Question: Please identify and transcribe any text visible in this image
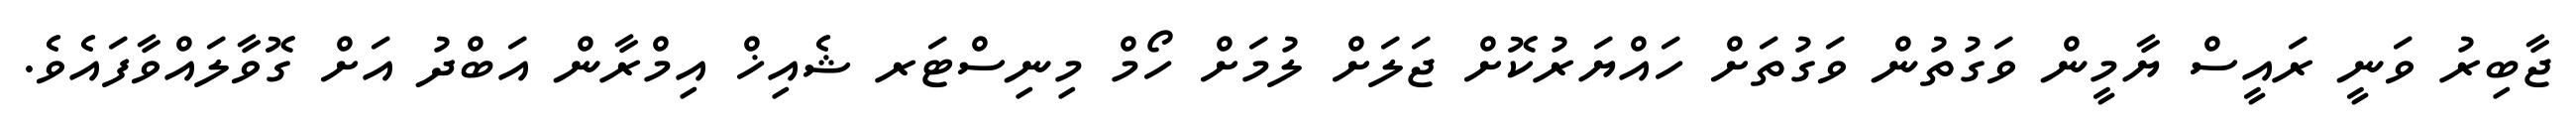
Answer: ޖާބިރު ވަނީ ރައީސް ޔާމީން ވަގުތުން ވަގުތަށް ހައްޔަރުކޮށް ޖަލަށް ލުމަށް ހޯމް މިނިސްޓަރ ޝެއިޚް އިމްރާން އަބްދު އަށް ގޮވާލައްވާފައެވެ.